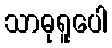
သာဓုရူပေါ